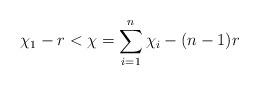
LaTeX: \begin{align*} \chi_1 - r < \chi = \sum\limits_{i=1}^n \chi_i - (n-1)r \end{align*}